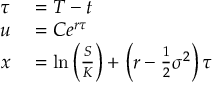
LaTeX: \begin{array} { r l } { \tau } & { { } = T - t } \\ { u } & { { } = C e ^ { r \tau } } \\ { x } & { { } = \ln \left( { \frac { S } { K } } \right) + \left( r - { \frac { 1 } { 2 } } \sigma ^ { 2 } \right) \tau } \end{array}